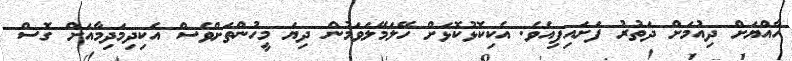
ހާއްޔަށް ދިއުމަށް ދަތުރު ފަށައިފިއެވެ. އެކިކޮޅުކޮޅަށް ހޭލަމޭލަވަމުން ދިޔަ މީހުންތަށްވެސް އެކިދިމަދިމާއަށް ގޮސް